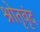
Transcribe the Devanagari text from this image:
श्रोतृवृंद